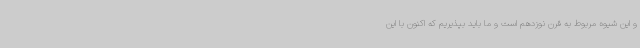
و این شیوه مربوط به قرن نوزدهم است و ما باید بپذیریم که اکنون با این